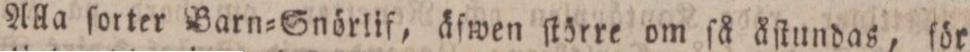
Alla ſorter Barn=Snörlif, äſwen ſtörre om ſå åſtundas, för